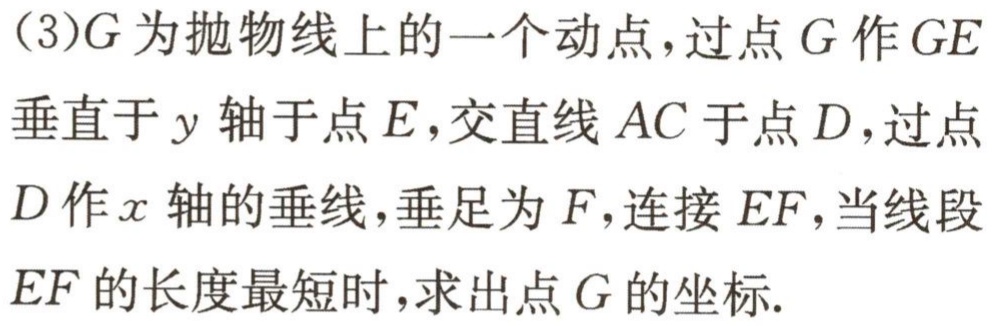
(3)\(G\)为抛物线上的一个动点，过点\(G\)作\(GE\)垂直于\(y\)轴于点\(E\)，交直线\(AC\)于点\(D\)，过点\(D\)作\(x\)轴的垂线，垂足为\(F\)，连接\(EF\)，当线段\(EF\)的长度最短时，求出点\(G\)的坐标.